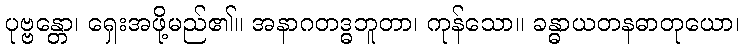
ပုဗ္ဗန္တော၊ ရှေးအဖို့မည်၏။ အနာဂတဒ္ဓဘူတာ၊ ကုန်သော။ ခန္ဓာယတနဓာတုယော၊